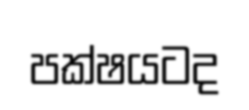
පක්ෂයටද